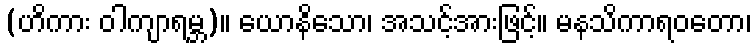
(ဟိကား ဝါကျာရမ္ဘ)။ ယောနိသော၊ အသင့်အားဖြင့်။ မနသိကာရဝတော၊